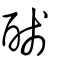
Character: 醆